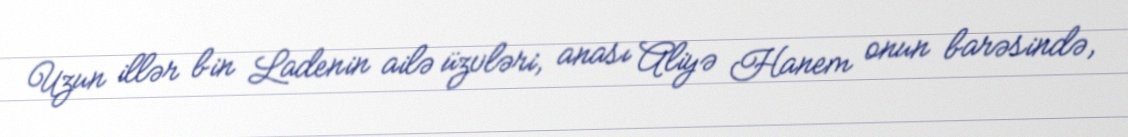
Uzun illər bin Ladenin ailə üzvləri, anası Aliyə Hanem onun barəsində,